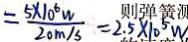
= \frac { 5 \times 1 0 ^ { 6 } W } { 2 0 m / s } = 2 . 5 \times 1 0 ^ { 5 } w